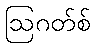
ဩဂတ်စ်